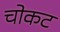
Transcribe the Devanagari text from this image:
चोकट